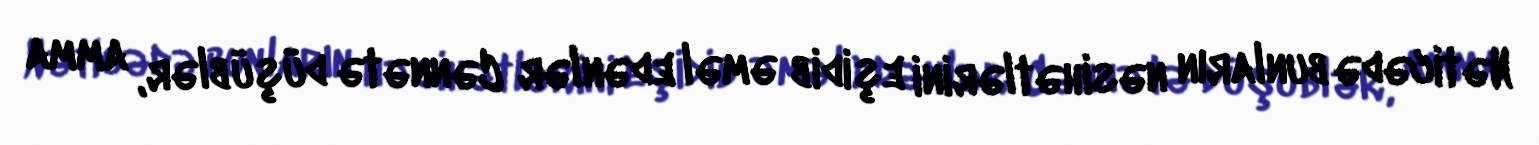
Nəticədə bunların nəsihətlərini eşidib əməl edənlər Cənnətə düşüblər, amma